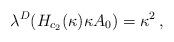
LaTeX: \begin{align*}\lambda^D(H_{c_2}(\kappa)\kappa A_0) = \kappa^2\,,\end{align*}